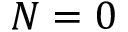
N = 0